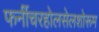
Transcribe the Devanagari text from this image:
फर्नीचरहोलसेलशोरूम